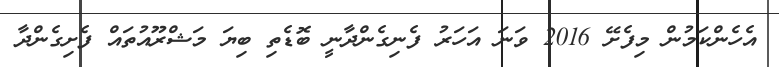
އެހެންކަމުން މިފެށޭ 2016 ވަނަ އަހަރު ފެނިގެންދާނީ ބޮޑެތި ބިޔަ މަޝްރޫއުތައް ފެށިގެންދާ